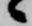
候